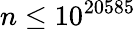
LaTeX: n\leq 10^{20585}